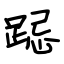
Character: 跽